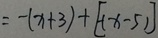
= - ( x + 3 ) + [ - ( x - 5 ) ]